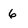
Character: 6